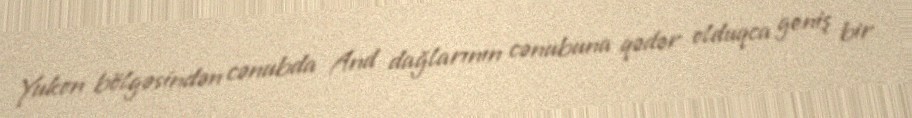
Yukon bölgəsindən cənubda And dağlarının cənubuna qədər olduqca geniş bir